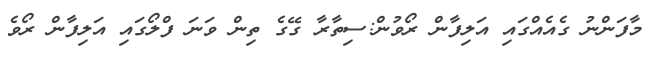
މާފަންނު ގެއެއްގައި އަލިފާން ރޯވުން:ސިތާރާ ގޭގެ ތިން ވަނަ ފްލޯގައި އަލިފާން ރޯވެ